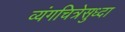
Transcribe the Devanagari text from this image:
व्यंगचित्रेसुध्दा